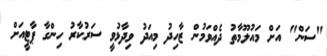
"ސަން" އަށް މައުލޫމާތު ދެއްވަމުން ޒާހިދު މިއަދު ވިދާޅުވީ ސަރުކާރު ހިންގާ ޕާޓީއަށް